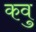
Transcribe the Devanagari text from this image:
कवु